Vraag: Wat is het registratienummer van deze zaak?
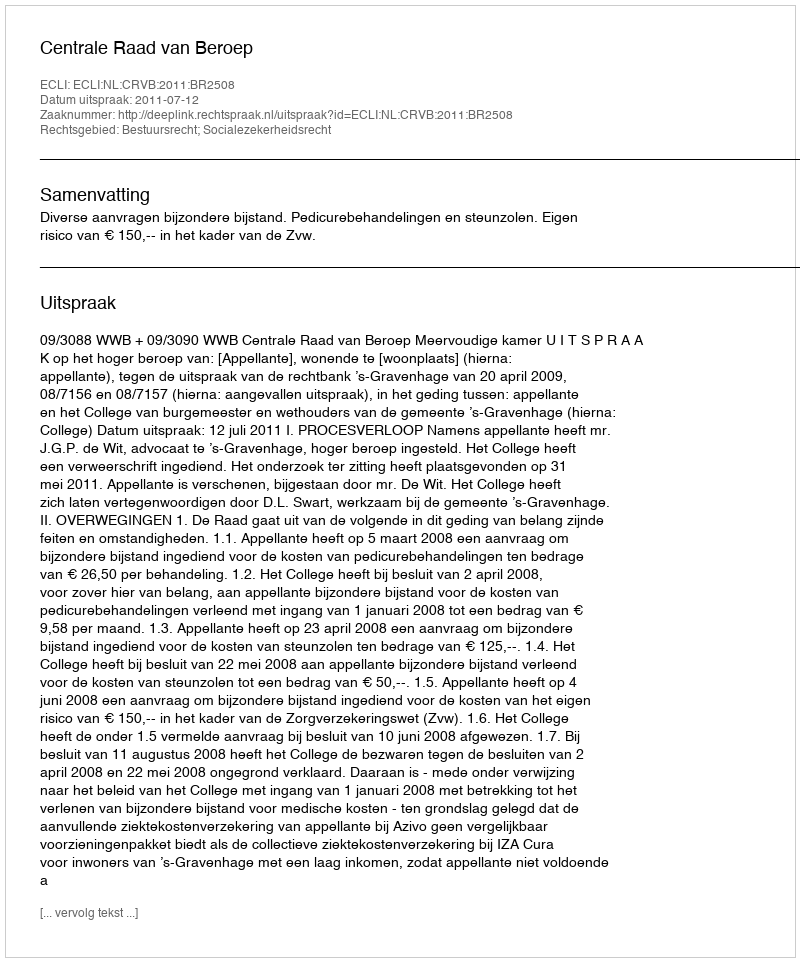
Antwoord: http://deeplink.rechtspraak.nl/uitspraak?id=ECLI:NL:CRVB:2011:BR2508